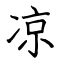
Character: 凉